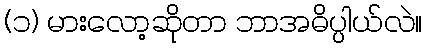
(၁) မားလော့ဆိုတာ ဘာအဓိပ္ပါယ်လဲ။